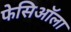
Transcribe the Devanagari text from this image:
फेसिऑला